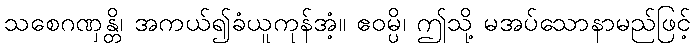
သစေဂဏှန္တိ၊ အကယ်၍ခံယူကုန်အံ့။ ဧဝမ္ပိ၊ ဤသို့ မအပ်သောနာမည်ဖြင့်